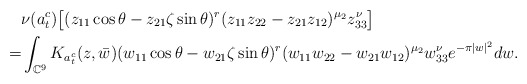
\begin{align*}&\nu(a_t^c)\big[(z_{11}\cos\theta -z_{21}\zeta\sin\theta )^r(z_{11}z_{22}-z_{21}z_{12} )^{\mu_2}z_{33}^\nu\big]\\=&\int_{\mathbb{C}^9}K_{a_t^c}(z,\bar{w})(w_{11}\cos\theta -w_{21}\zeta\sin\theta )^r(w_{11}w_{22}-w_{21}w_{12} )^{\mu_2}w_{33}^\nu e^{-\pi|w|^2}dw.\end{align*}